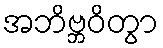
အဘိဗ္ဘဝိတွာ